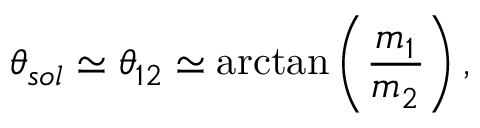
\theta _ { s o l } \simeq \theta _ { 1 2 } \simeq \arctan \left( { \frac { m _ { 1 } } { m _ { 2 } } } \right) ,